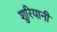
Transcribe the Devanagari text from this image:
शुरियानी